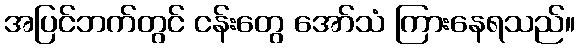
အပြင်ဘက်တွင် ငန်းတွေ အော်သံ ကြားနေရသည်။